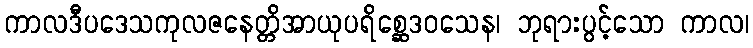
ကာလဒီပဒေသကုလဇနေတ္တိအာယုပရိစ္ဆေဒဝသေန၊ ဘုရားပွင့်သော ကာလ၊